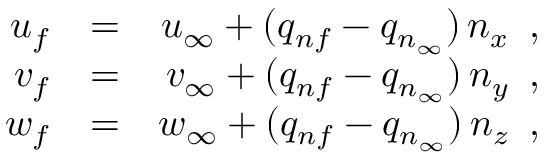
\begin{array} { r l r } { { u _ { f } } } & { { } { = } } & { { u _ { \infty } + ( q _ { n f } - q _ { n _ { \infty } } ) \, n _ { x } \, \mathrm { ~ , ~ } } } \\ { { v _ { f } } } & { { } { = } } & { { v _ { \infty } + ( q _ { n f } - q _ { n _ { \infty } } ) \, n _ { y } \, \mathrm { ~ , ~ } } } \\ { { w _ { f } } } & { { } { = } } & { { w _ { \infty } + ( q _ { n f } - q _ { n _ { \infty } } ) \, n _ { z } \, \mathrm { ~ , ~ } } } \end{array}